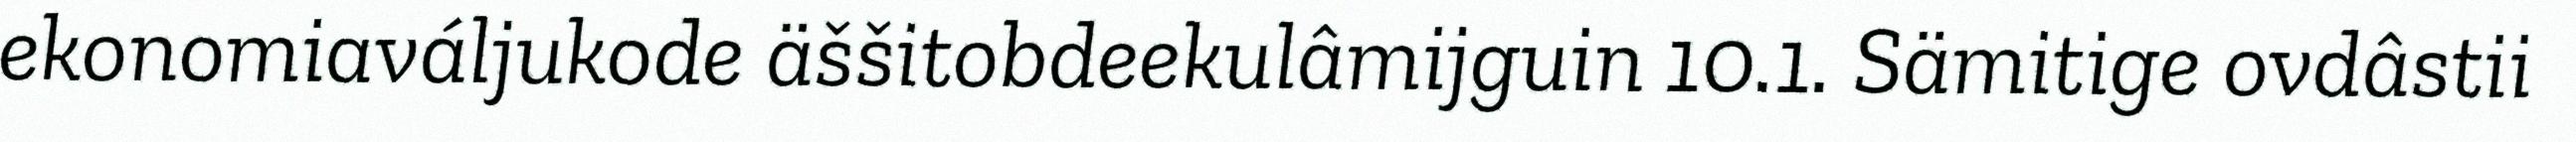
ekonomiaváljukode äššitobdeekulâmijguin 10.1. Sämitige ovdâstii